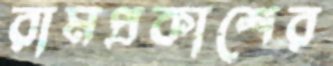
রামপ্রকাশের